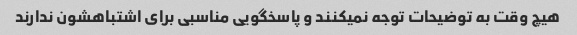
هیچ وقت به توضیحات توجه نمیکنند و پاسخگویی مناسبی برای اشتباهشون ندارند